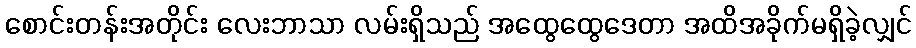
စောင်းတန်းအတိုင်း လေးဘာသာ လမ်းရှိသည် အထွေထွေဒေတာ အထိအခိုက်မရှိခဲ့လျှင်